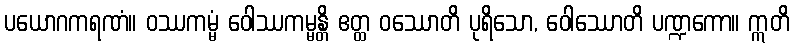
ပယောဂကရဏံ။ ဝဿကမ္မံ ဝေါဿကမ္မန္တိ ဧတ္ထ ဝဿောတိ ပုရိသော, ဝေါဿောတိ ပဏ္ဍကော။ ဣတိ